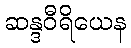
ဆန္ဒဝီရိယေန